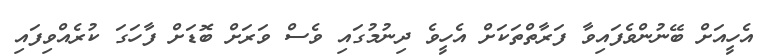
އެހީއަށް ބޭނުންވެފައިވާ ފަރާތްތަކަށް އެހީވެ ދިނުމުގައި ވެސް ވަރަށް ބޮޑަށް ފާހަގަ ކުރެއްވިފައި